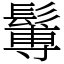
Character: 䰊